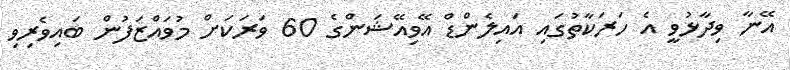
އޭނާ ވިދާޅުވީ އެ ހަރަކާތުގައި އައިލެންޑް އޭވިއޭޝަންގެ 60 ވަރަކަށް މުވައްޒަފުން ބައިވެރިވި